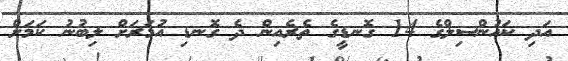
އަދި ކައުންސިލްގެ 14 ގޮނޑީގެ ތެރެއިން ދެ ގޮނޑި އުމަރަށް ލިބުނު ކަމަށް